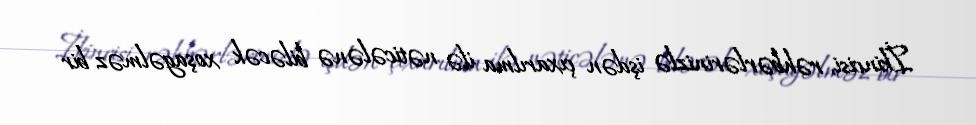
İkincisi, rəhbərlərinizlə işdən çıxarılma ilə nəticələnə biləcək xoşagəlməz bir